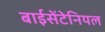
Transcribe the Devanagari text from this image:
बाईसेंटेनियल